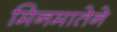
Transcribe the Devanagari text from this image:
मिनमातेने